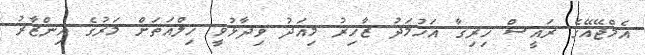
އެމްޖޭއޭގެ ރައީސް ހިރިގާ އަހުމަދު ޒާހިރު މިއަދު ވިދާޅުވީ ހިލްއަތަށް މަރުގެ އިންޒާރު